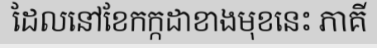
ដែលនៅខែកក្កដាខាងមុខនេះ ភាគី